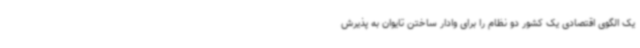
یک الگوی اقتصادی یک کشور دو نظام را برای وادار ساختن تایوان به پذیرش